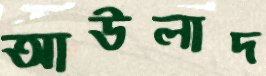
আউলাদ